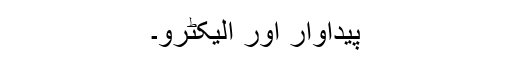
پیداوار اور الیکٹرو۔